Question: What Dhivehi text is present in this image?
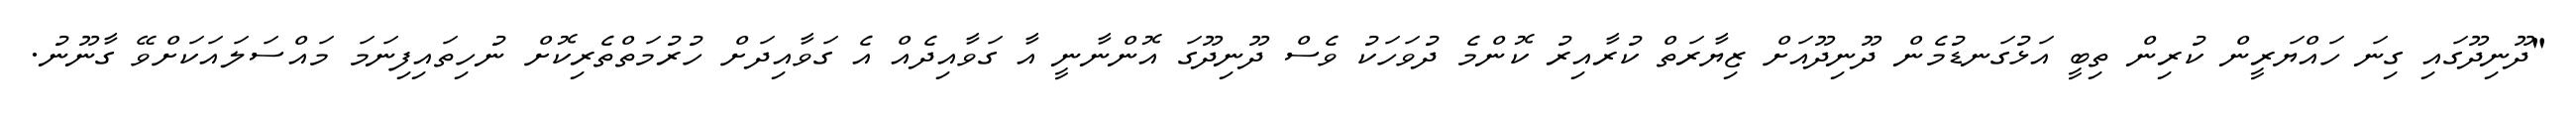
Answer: "ދޫނިދޫގައި ގިނަ ހައްޔަރީން ކުރިން ތިބީ އަޅުގަނޑުމެން ދޫނިދޫއަށް ޒިޔާރަތް ކުރާއިރު ކޮންމެ ދުވަހަކު ވެސް ދޫނިދޫގަ އޮންނާނީ އާ ގަވާއިދެއް އެ ގަވާއިދަށް ހުރުމަތްތެރިކޮށް ނުހިތައިފިނަމަ މައްސަލައަކަށްވޭ ގާނޫނު.